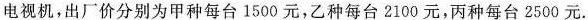
电视机，出厂价分别为甲种每台1500元，乙种每台2100元，丙种每台2500元.